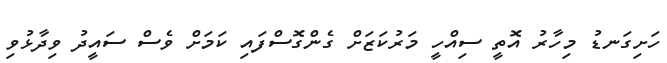
ހަށިގަނޑު މިހާރު އޮތީ ސިއްހީ މަރުކަޒަށް ގެންގޮސްފައި ކަމަށް ވެސް ސައީދު ވިދާޅުވި